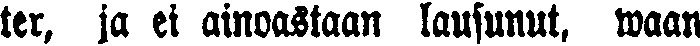
ter, ja ei ainoastaan lausunut, waan